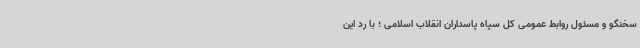
سخنگو و مسئول روابط عمومی کل سپاه پاسداران انقلاب اسلامی ؛ با رد این